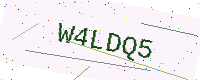
Text: W4LDQ5